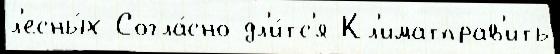
л'есны́х Согла́сно дл'и́тс'я Кл'иматправ'ить